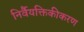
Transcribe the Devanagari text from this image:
निर्वैयक्तिकीकरण